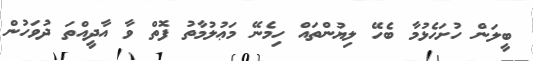
ބީލަން ހުށަހެޅުމާ ބެހޭ ލިޔުންތައް ހިމެނޭ މަޢުލުމާތު ފޮތް ވާ އާދީއްތަ ދުވަހުން